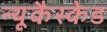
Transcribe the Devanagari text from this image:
न्यूकैस्केड